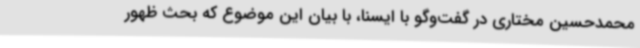
محمدحسین مختاری در گفت‌وگو با ایسنا، با بیان این موضوع که بحث ظهور